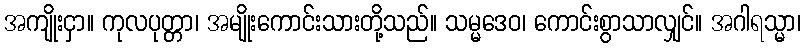
အကျိုးငှာ။ ကုလပုတ္တာ၊ အမျိုးကောင်းသားတို့သည်။ သမ္မဒေဝ၊ ကောင်းစွာသာလျှင်။ အဂါရသ္မာ၊